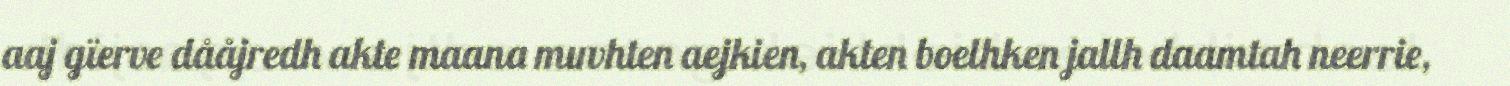
aaj gïerve dååjredh akte maana muvhten aejkien, akten boelhken jallh daamtah neerrie,